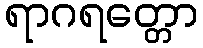
ရာဂရတ္တော